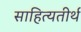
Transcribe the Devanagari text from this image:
साहित्यतीर्थ